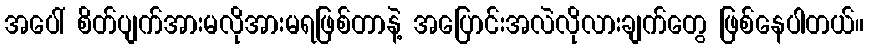
အပေါ် စိတ်ပျက်အားမလိုအားမရဖြစ်တာနဲ့ အပြောင်းအလဲလိုလားချက်တွေ ဖြစ်နေပါတယ်။